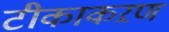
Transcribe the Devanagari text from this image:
टीकाकऱण